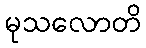
မုသလောတိ